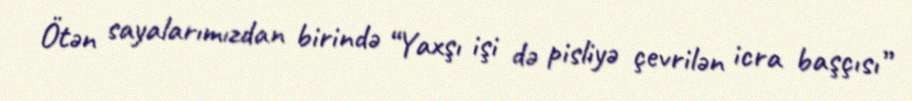
Ötən sayalarımızdan birində “Yaxşı işi də pisliyə çevrilən icra başçısı”